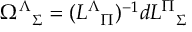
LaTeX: \Omega _ { \ \ \Sigma } ^ { \Lambda } = ( L _ { \ \ \Pi } ^ { \Lambda } ) ^ { - 1 } d L _ { \ \ \Sigma } ^ { \Pi }